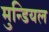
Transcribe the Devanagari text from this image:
मुन्डियल